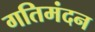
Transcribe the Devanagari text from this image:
गतिमंदन